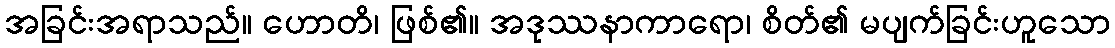
အခြင်းအရာသည်။ ဟောတိ၊ ဖြစ်၏။ အဒုဿနာကာရော၊ စိတ်၏ မပျက်ခြင်းဟူသော